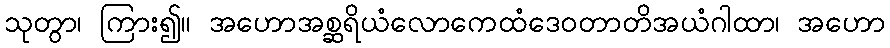
သုတွာ၊ ကြား၍။ အဟောအစ္ဆရိယံလောကေထံဒေဝတာတိအယံဂါထာ၊ အဟော